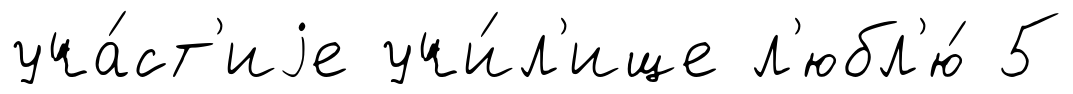
уча́ст'иjе учи́л'ище л'юбл'ю́ 5